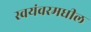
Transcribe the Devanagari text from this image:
स्वयंवरमधील